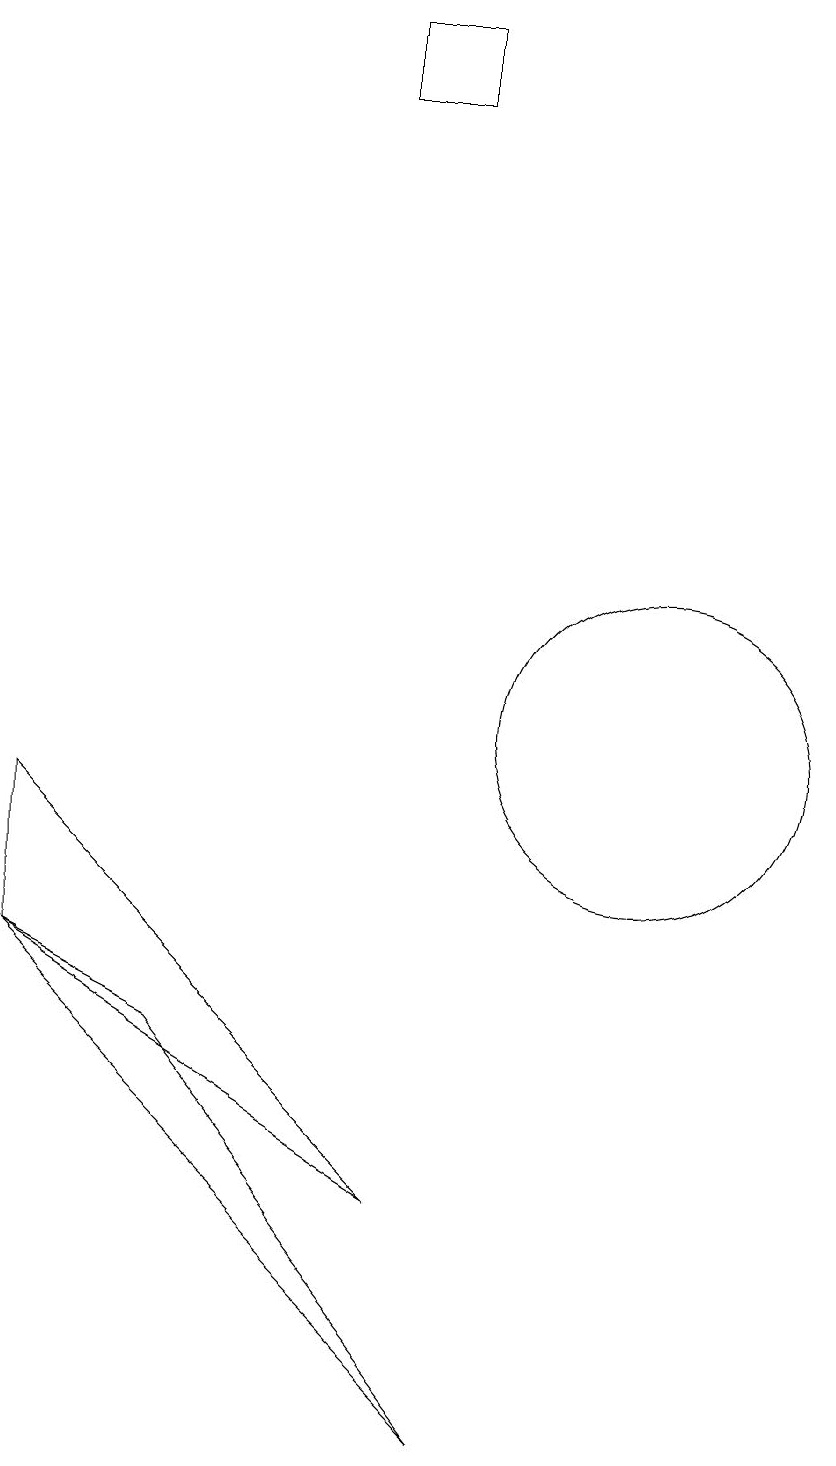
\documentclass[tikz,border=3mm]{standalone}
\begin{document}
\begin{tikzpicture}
\draw (8,1) -- (2,7) -- (4,6) -- cycle;
\draw (10,10) circle (2);
\draw (7,19) rectangle (6,18);
\draw (2,9) -- (2,7) -- (7,4) -- cycle;
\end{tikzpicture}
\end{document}